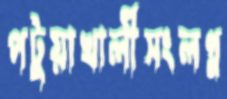
পটুয়াখালীসংলগ্ন